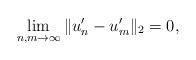
LaTeX: \begin{align*}\lim_{n,m\to\infty}\Vert u'_n-u'_m\Vert_2=0,\end{align*}